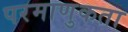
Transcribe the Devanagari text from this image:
परमाणुकता